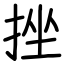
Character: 挫